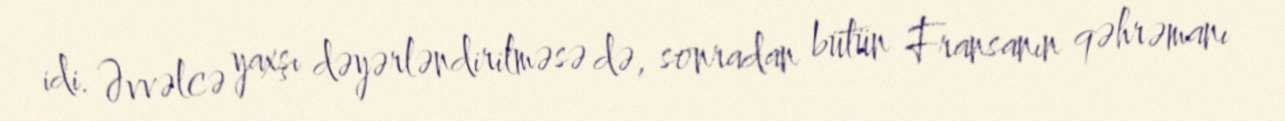
idi. Əvvəlcə yaxşı dəyərləndirilməsə də, sonradan bütün Fransanın qəhrəmanı